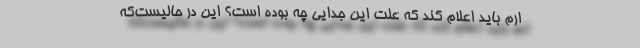
ارم باید اعلام کند که علت این جدایی چه بوده است؟ این در حالیست‌که